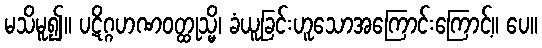
မသိမူ၍။ ပဋိဂ္ဂဟဏဝတ္ထုသ္မိ၊ ခံယူခြင်းဟူသောအကြောင်းကြောင့်။ ပေ။